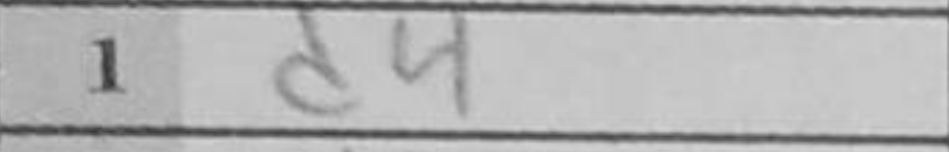
Transcription: d4